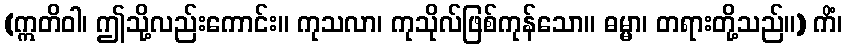
(ဣတိဝါ၊ ဤသို့လည်းကောင်း။ ကုသလာ၊ ကုသိုလ်ဖြစ်ကုန်သော။ ဓမ္မာ၊ တရားတို့သည်။) ကိံ၊